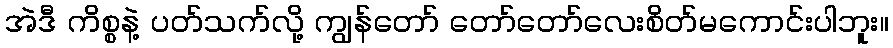
အဲဒီ ကိစ္စနဲ့ ပတ်သက်လို့ ကျွန်တော် တော်တော်လေးစိတ်မကောင်းပါဘူး။